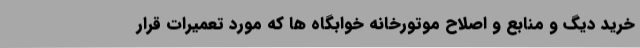
خرید دیگ و منابع و اصلاح موتورخانه خوابگاه ها که مورد تعمیرات قرار